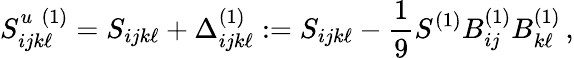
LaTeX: S_{ijk\ell}^{u\, \, (1)}=S_{ijk\ell}+\Delta_{ijk\ell}^{(1)}:=S_{ijk\ell}-\frac{1}{9}S^{(1)}B_{ij}^{(1)}B_{k\ell}^{(1)}\, ,